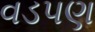
વડપણ